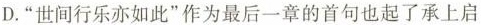
D.”世间行乐亦如此”作为最后一章的首句也起了承上启